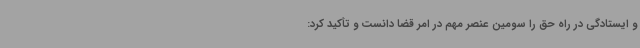
و ایستادگی در راه حق را سومین عنصر مهم در امر قضا دانست و تأکید کرد: